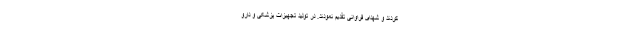
کردند و شهدای فراوانی تقدیم نمودند. در تولید تجهیزات پزشکی و دارو